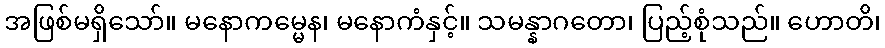
အဖြစ်မရှိသော်။ မနောကမ္မေန၊ မနောကံနှင့်။ သမန္နာဂတော၊ ပြည့်စုံသည်။ ဟောတိ၊